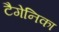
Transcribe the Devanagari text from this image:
टैगेनिका